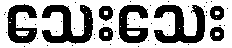
သေးသေး